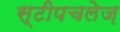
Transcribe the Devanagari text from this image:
स्टीपचलेज़